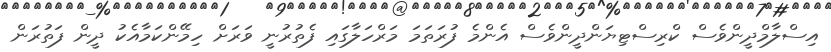
އިސްލާމްދީންވެސް ކްރިސްޓިޔަންދީންވެސް އެންމެ ފުރަތަމަ މަރްހަލާގައި ފެތުރުނީ ވަރަށް ހިމޭންކަމާއެކު ދީން ފަތުރަން